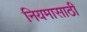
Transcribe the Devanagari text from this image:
नियमासाठी